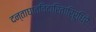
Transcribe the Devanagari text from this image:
दन्ताघातविदारितारिरुधिरैः